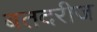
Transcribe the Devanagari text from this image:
बतदरीज